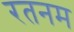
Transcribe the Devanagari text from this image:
रतनम